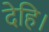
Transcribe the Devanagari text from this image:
देहि।